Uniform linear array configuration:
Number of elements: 16
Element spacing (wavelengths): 0.75
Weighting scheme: kaiser
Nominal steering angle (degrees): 45
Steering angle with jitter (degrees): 45.314
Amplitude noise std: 0.05
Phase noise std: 0.05

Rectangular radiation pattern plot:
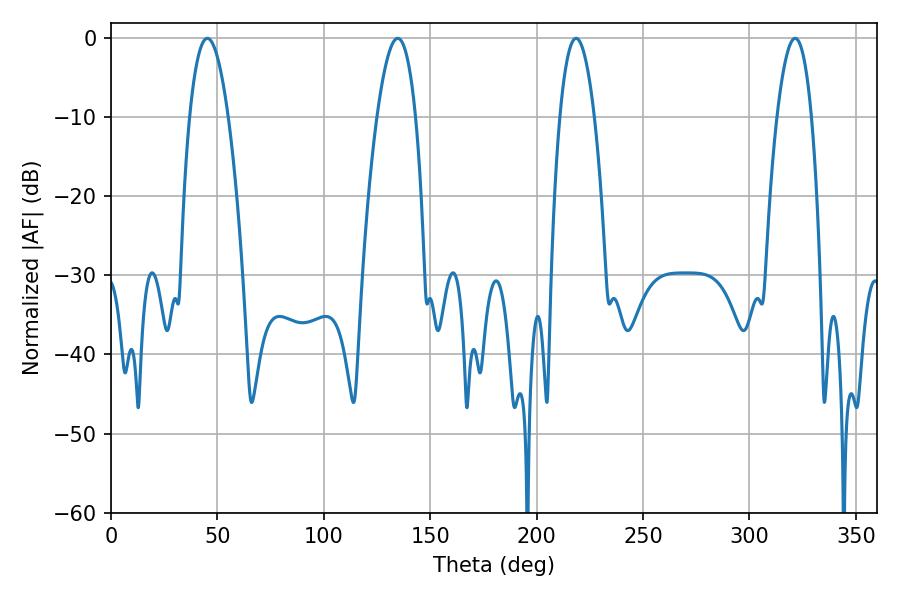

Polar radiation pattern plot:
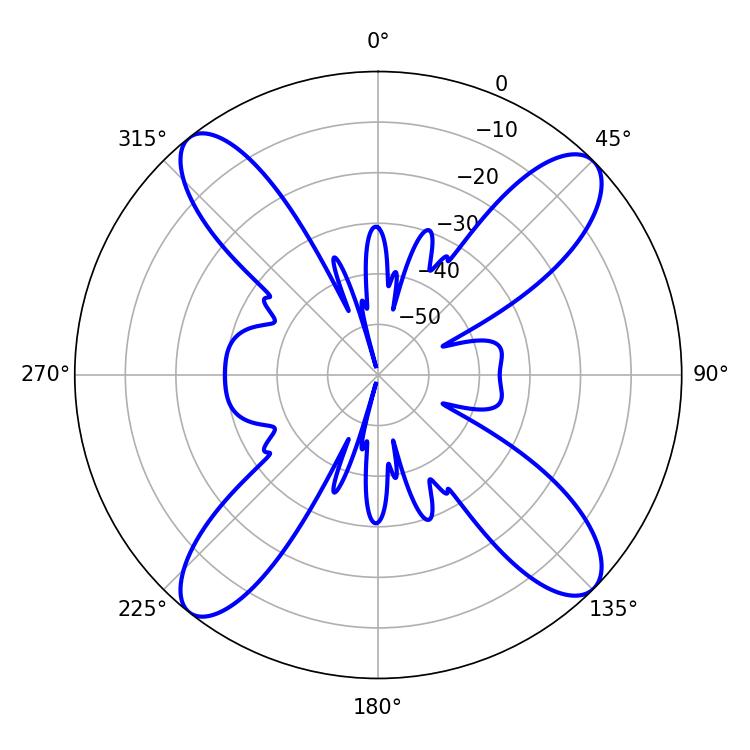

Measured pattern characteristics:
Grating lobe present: TRUE
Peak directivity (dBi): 15.443
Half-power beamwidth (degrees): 9
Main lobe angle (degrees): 218.52